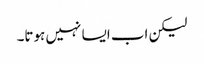
لیکن اب ایسا نہیں ہوتا۔